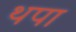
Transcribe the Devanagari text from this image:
थपा